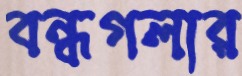
বন্ধগলার